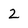
Character: 2